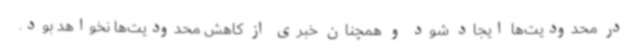
در محدودیت‌ها ایجاد شود و همچنان خبری از کاهش محدودیت‌ها نخواهد بود.